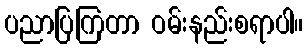
ပညာပြကြတာ ဝမ်းနည်းစရာပါ။